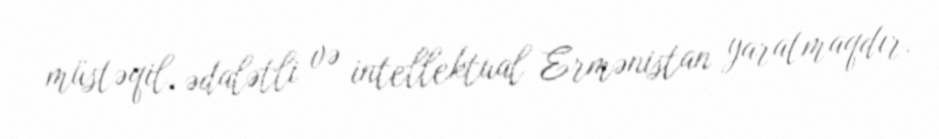
müstəqil, ədalətli və intellektual Ermənistan yaratmaqdır.